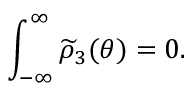
\int _ { - \infty } ^ { \infty } \widetilde { \rho } _ { 3 } ( \theta ) = 0 .